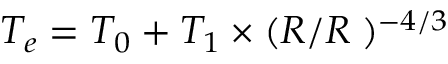
T _ { e } = T _ { 0 } + T _ { 1 } \times ( R / { R _ { \sun } } ) ^ { - 4 / 3 }